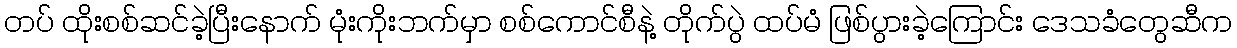
တပ် ထိုးစစ်ဆင်ခဲ့ပြီးနောက် မုံးကိုးဘက်မှာ စစ်ကောင်စီနဲ့ တိုက်ပွဲ ထပ်မံ ဖြစ်ပွားခဲ့ကြောင်း ဒေသခံတွေဆီက